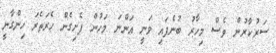
ސަރުކާރުން ވެސް މިހާރު ބުނެފައި ވަނީ އަންނަ މަހުން ފެށިގެން ހެރަތެރަ ހިންގާނީ